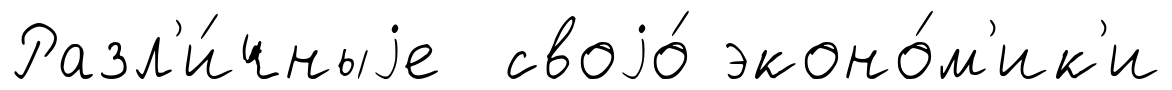
Разл'и́чныjе своjо́ эконо́м'ик'и